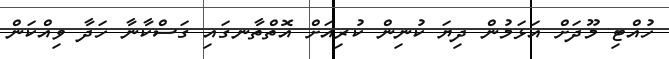
ހުއްޓި މޫދަށް އަޅަމުން ދިޔަ ކުނިން ކުރިއަށް އޮތްތާނގައި ގަސްކާނާ ހަދާ ވިއްކަން